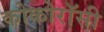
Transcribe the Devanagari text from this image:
कोकोरॉसी